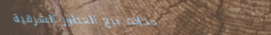
محلات بيع العطور الشرقية